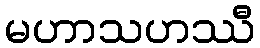
မဟာသဟဿီ